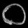
Digit: ၀